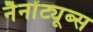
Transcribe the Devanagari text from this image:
नैनोंट्यूब्स